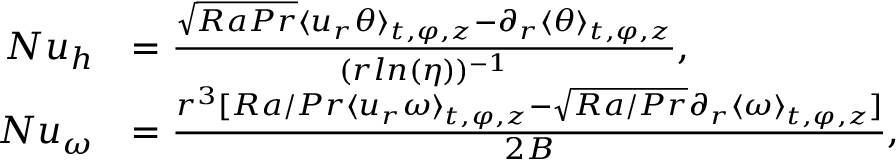
\begin{array} { r l } { N u _ { h } } & { = \frac { \sqrt { R a P r } \langle u _ { r } \theta \rangle _ { t , \varphi , z } - \partial _ { r } \langle \theta \rangle _ { t , \varphi , z } } { ( r l n ( \eta ) ) ^ { - 1 } } , } \\ { N u _ { \omega } } & { = \frac { r ^ { 3 } [ R a / P r \langle u _ { r } \omega \rangle _ { t , \varphi , z } - \sqrt { R a / P r } \partial _ { r } \langle \omega \rangle _ { t , \varphi , z } ] } { 2 B } , } \end{array}